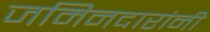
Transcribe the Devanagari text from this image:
जमिनदारांनी